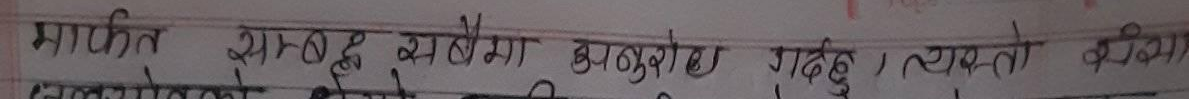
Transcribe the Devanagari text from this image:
मार्फत सम्वद्ध सबैमा अनुरोध गर्दछु। व्यक्तिको वेहोरा